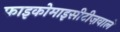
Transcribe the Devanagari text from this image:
फाइकोमाइसीटीज़वाले